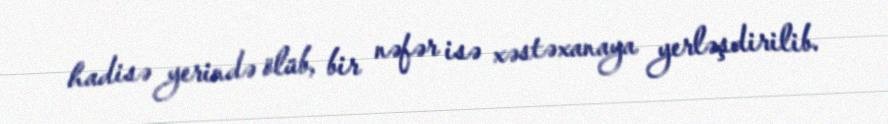
hadisə yerində ölüb, bir nəfər isə xəstəxanaya yerləşdirilib.